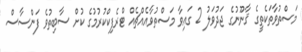
މަސްތުވާތަކެތީގެ ޤާނޫނުގެ ޖަދުވަލު 2 ގައިވާ މަސްތުވާއެއްޗެއް ޓްރެފިކްކުރުމުގެ ކުށް ސާބިތުވެ ފަންސާސް